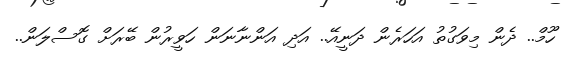
ހޫމް.. ދެން މިވަގުތު އަހަރެން ދަނީއޭ.. އަދި އަންނާނަން ހަވީރުން ބޭރަށް ގޮސްލަން..